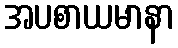
အပစာယမာနာ